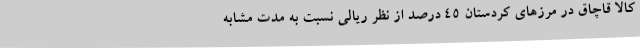
کالا قاچاق در مرزهای کردستان 45 درصد از نظر ریالی نسبت به مدت مشابه